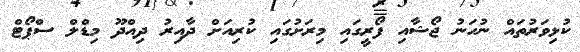
ކުޅިވަރުތައް ނުހަނު ޖޯޝާއި ފޯރީގައި މިރަށުގައި ކުރިއަށް ދާއިރު ދިއްދޫ މިޑްލް ސްޕޯޓް